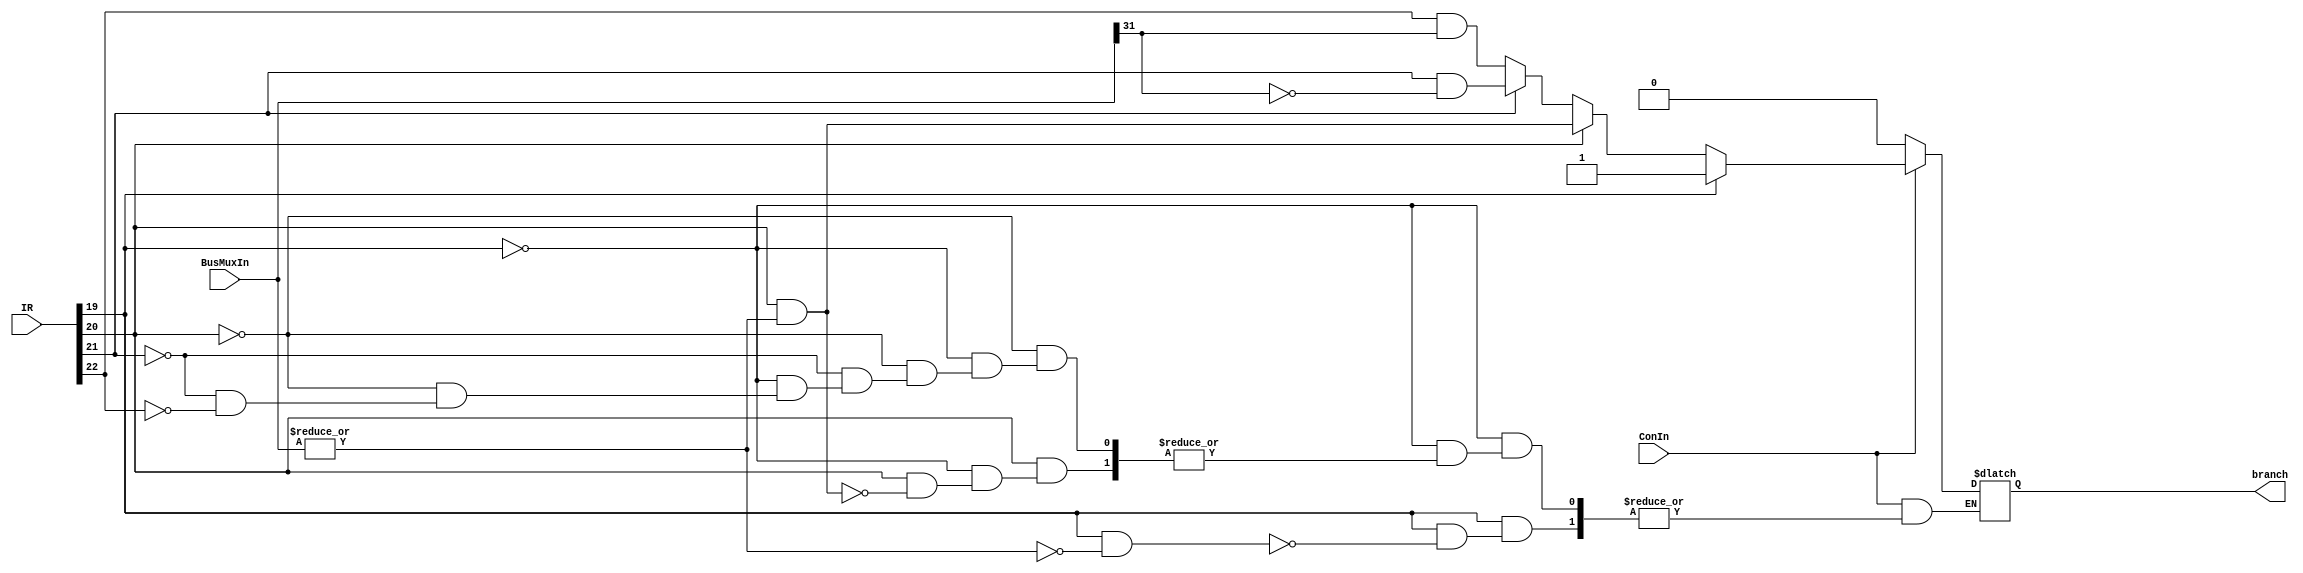
module conff(
    input [31:0] BusMuxIn, 
    input [31:0] IR,  // C2 = IR[22:19]
    input ConIn, // phase 3
    output branch
); 

/*
make input BusMuxInIR 32 bits and isolate the 4 required bits
output name should be controlOut
you should have an always block that runs anytime inputs change
assign statement will need to be outside of always block (may need a temp reg variable and assign output to that outside always block)

*/

reg temp; 
reg temp2; 
reg [3:0] BusMuxInIR; 
integer i; 



always @ (ConIn) begin

	BusMuxInIR = IR[22:19]; 

	if (BusMuxInIR[0] == 1'b1) begin
		 
		 temp = BusMuxInIR[0] & ~(|BusMuxIn);     // IR[0] AND Bus
		 // decoder[0] & (|bus)
		 
		 if (temp == 1'b1) begin             // if equals 0
			  temp2 = 1'b1; 
		 end 
	end 
	else if (BusMuxInIR[1] == 1'b1) begin 

		 temp = BusMuxInIR[1] & (|BusMuxIn);            // IR[1] AND (NOT Bus)

		 if (temp != 1'b0) begin                 // if not equals 0
																
			  temp2 = temp; 
		 end 
	end 
	else if (BusMuxInIR[2] == 1'b1) begin 
		 temp = BusMuxInIR[2] & ~BusMuxIn[31];          // IR[2] AND (NOT Bus[31])
		 
																		// if greater than equal to 0
		 temp2 = temp; 
		 
	end 
	else if (BusMuxInIR[3] == 1'b1) begin 
		 temp = BusMuxInIR[3] & BusMuxIn[31];           // IR[3] AND Bus[31]
		 															// if less than 0
		 temp2 = temp; 
		 
	end 
	
	if (ConIn == 1'b0) begin 
		temp2 = 1'b0; 
	end 
	
end 
	
assign branch = temp2; // (((temp[0] | temp[1]) | temp[2]) | temp[3]); 


endmodule